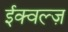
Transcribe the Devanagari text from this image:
ईक्वल्ज़